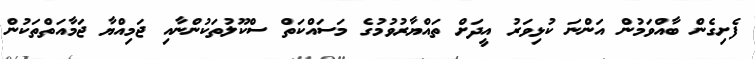
ފެށިގެން ބާއްވަމުން އަންނަ ކުޅިވަރު އީދަށް ތައްޔާރުވުމުގެ މަސައްކަތް ސްކޫލުތަކުންނާއި ޖަމިއްޔާ ޖަމާއަތްތަކުން